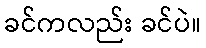
ခင်ကလည်း ခင်ပဲ။